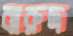
বারুদ